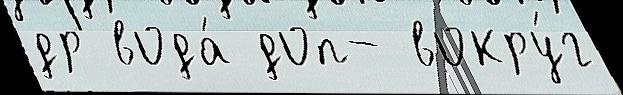
др вода́ доп- вокру́г